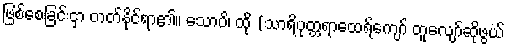
ဖြစ်စေခြင်းငှာ တတ်နိုင်ရာ၏။ သောပိ၊ ထို (သာရိပုတ္တရာထေရ်ကျော် တူလျော်ဆိုဖွယ်